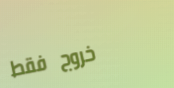
خروج فقط